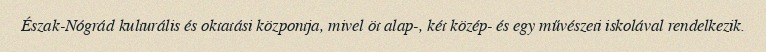
Észak-Nógrád kulturális és oktatási központja, mivel öt alap-, két közép- és egy művészeti iskolával rendelkezik.